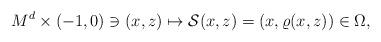
LaTeX: \begin{align*}M^d\times (-1, 0)\ni (x, z)\mapsto \mathcal{S}(x, z)=(x, \varrho(x, z))\in \Omega,\end{align*}